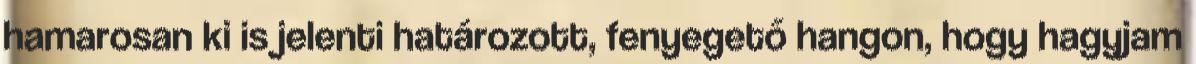
hamarosan ki is jelenti határozott, fenyegető hangon, hogy hagyjam